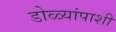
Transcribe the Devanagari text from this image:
डोळ्यांपाशी